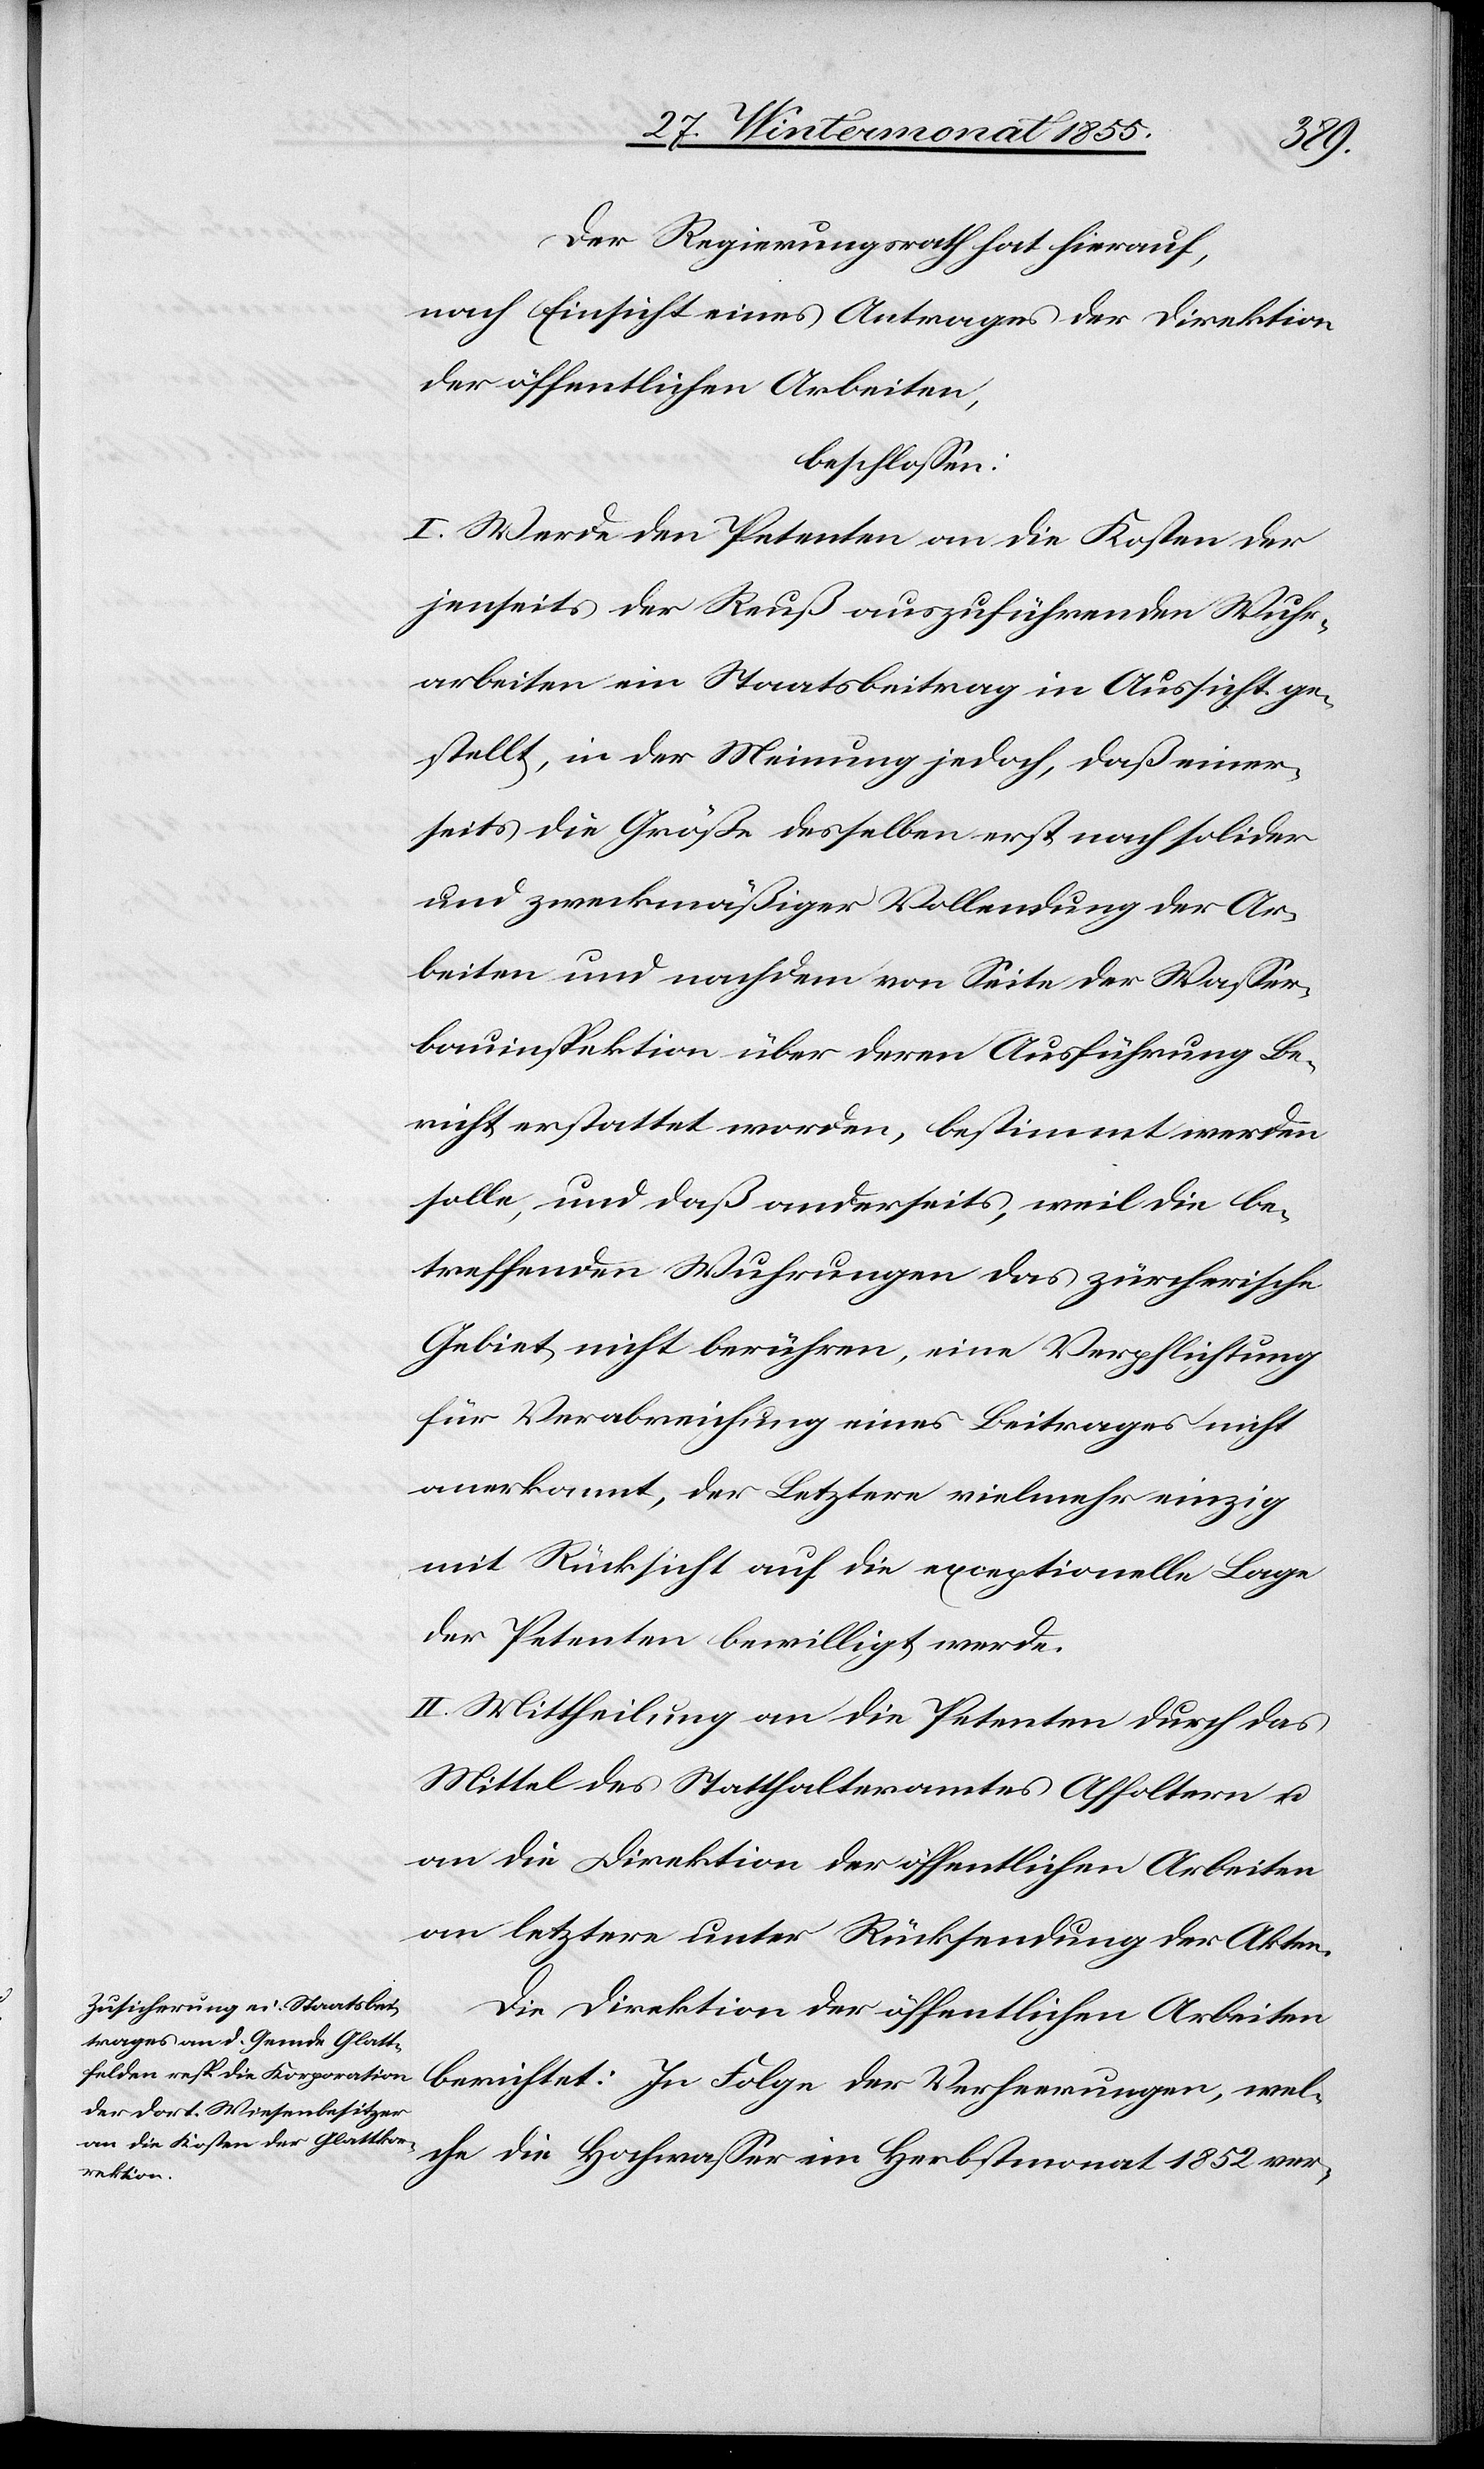
Der Regierungsrath hat hierauf,
nach Einsicht eines Antrages der Direktion
der öffentlichen Arbeiten,
beschlossen:
I. Werde den Petenten an die Kosten der
jenseits der Reuß auszuführenden Wuhr¬
arbeiten ein Staatsbeitrag in Aussicht ge¬
stellt, in der Meinung jedoch, daß einer¬
seits die Größe desselben erst nach solider
und zweckmäßiger Vollendung der Ar¬
beiten und nachdem von Seite der Wasser¬
bauinspektion über deren Ausführung Be¬
richt erstattet worden, bestimmt werden
solle, und daß anderseits, weil die be¬
treffenden Wuhrungen das zürcherische
Gebiet nicht berühren, eine Verpflichtung
für Verabreichung eines Beitrages nicht
anerkannt, der Letztere vielmehr einzig
mit Rücksicht auf die exceptionelle Lage
der Petenten bewilligt werde.
II. Mittheilung an die Petenten durch das
Mittel des Statthalteramtes Affoltern u.
an die Direktion der öffentlichen Arbeiten
an letztere unter Rücksendung der Akten.
Die Direktion der öffentlichen Arbeiten
berichtet: In Folge der Verheerungen, wel¬
che die Hochwasser im Herbstmonat 1852 ver-